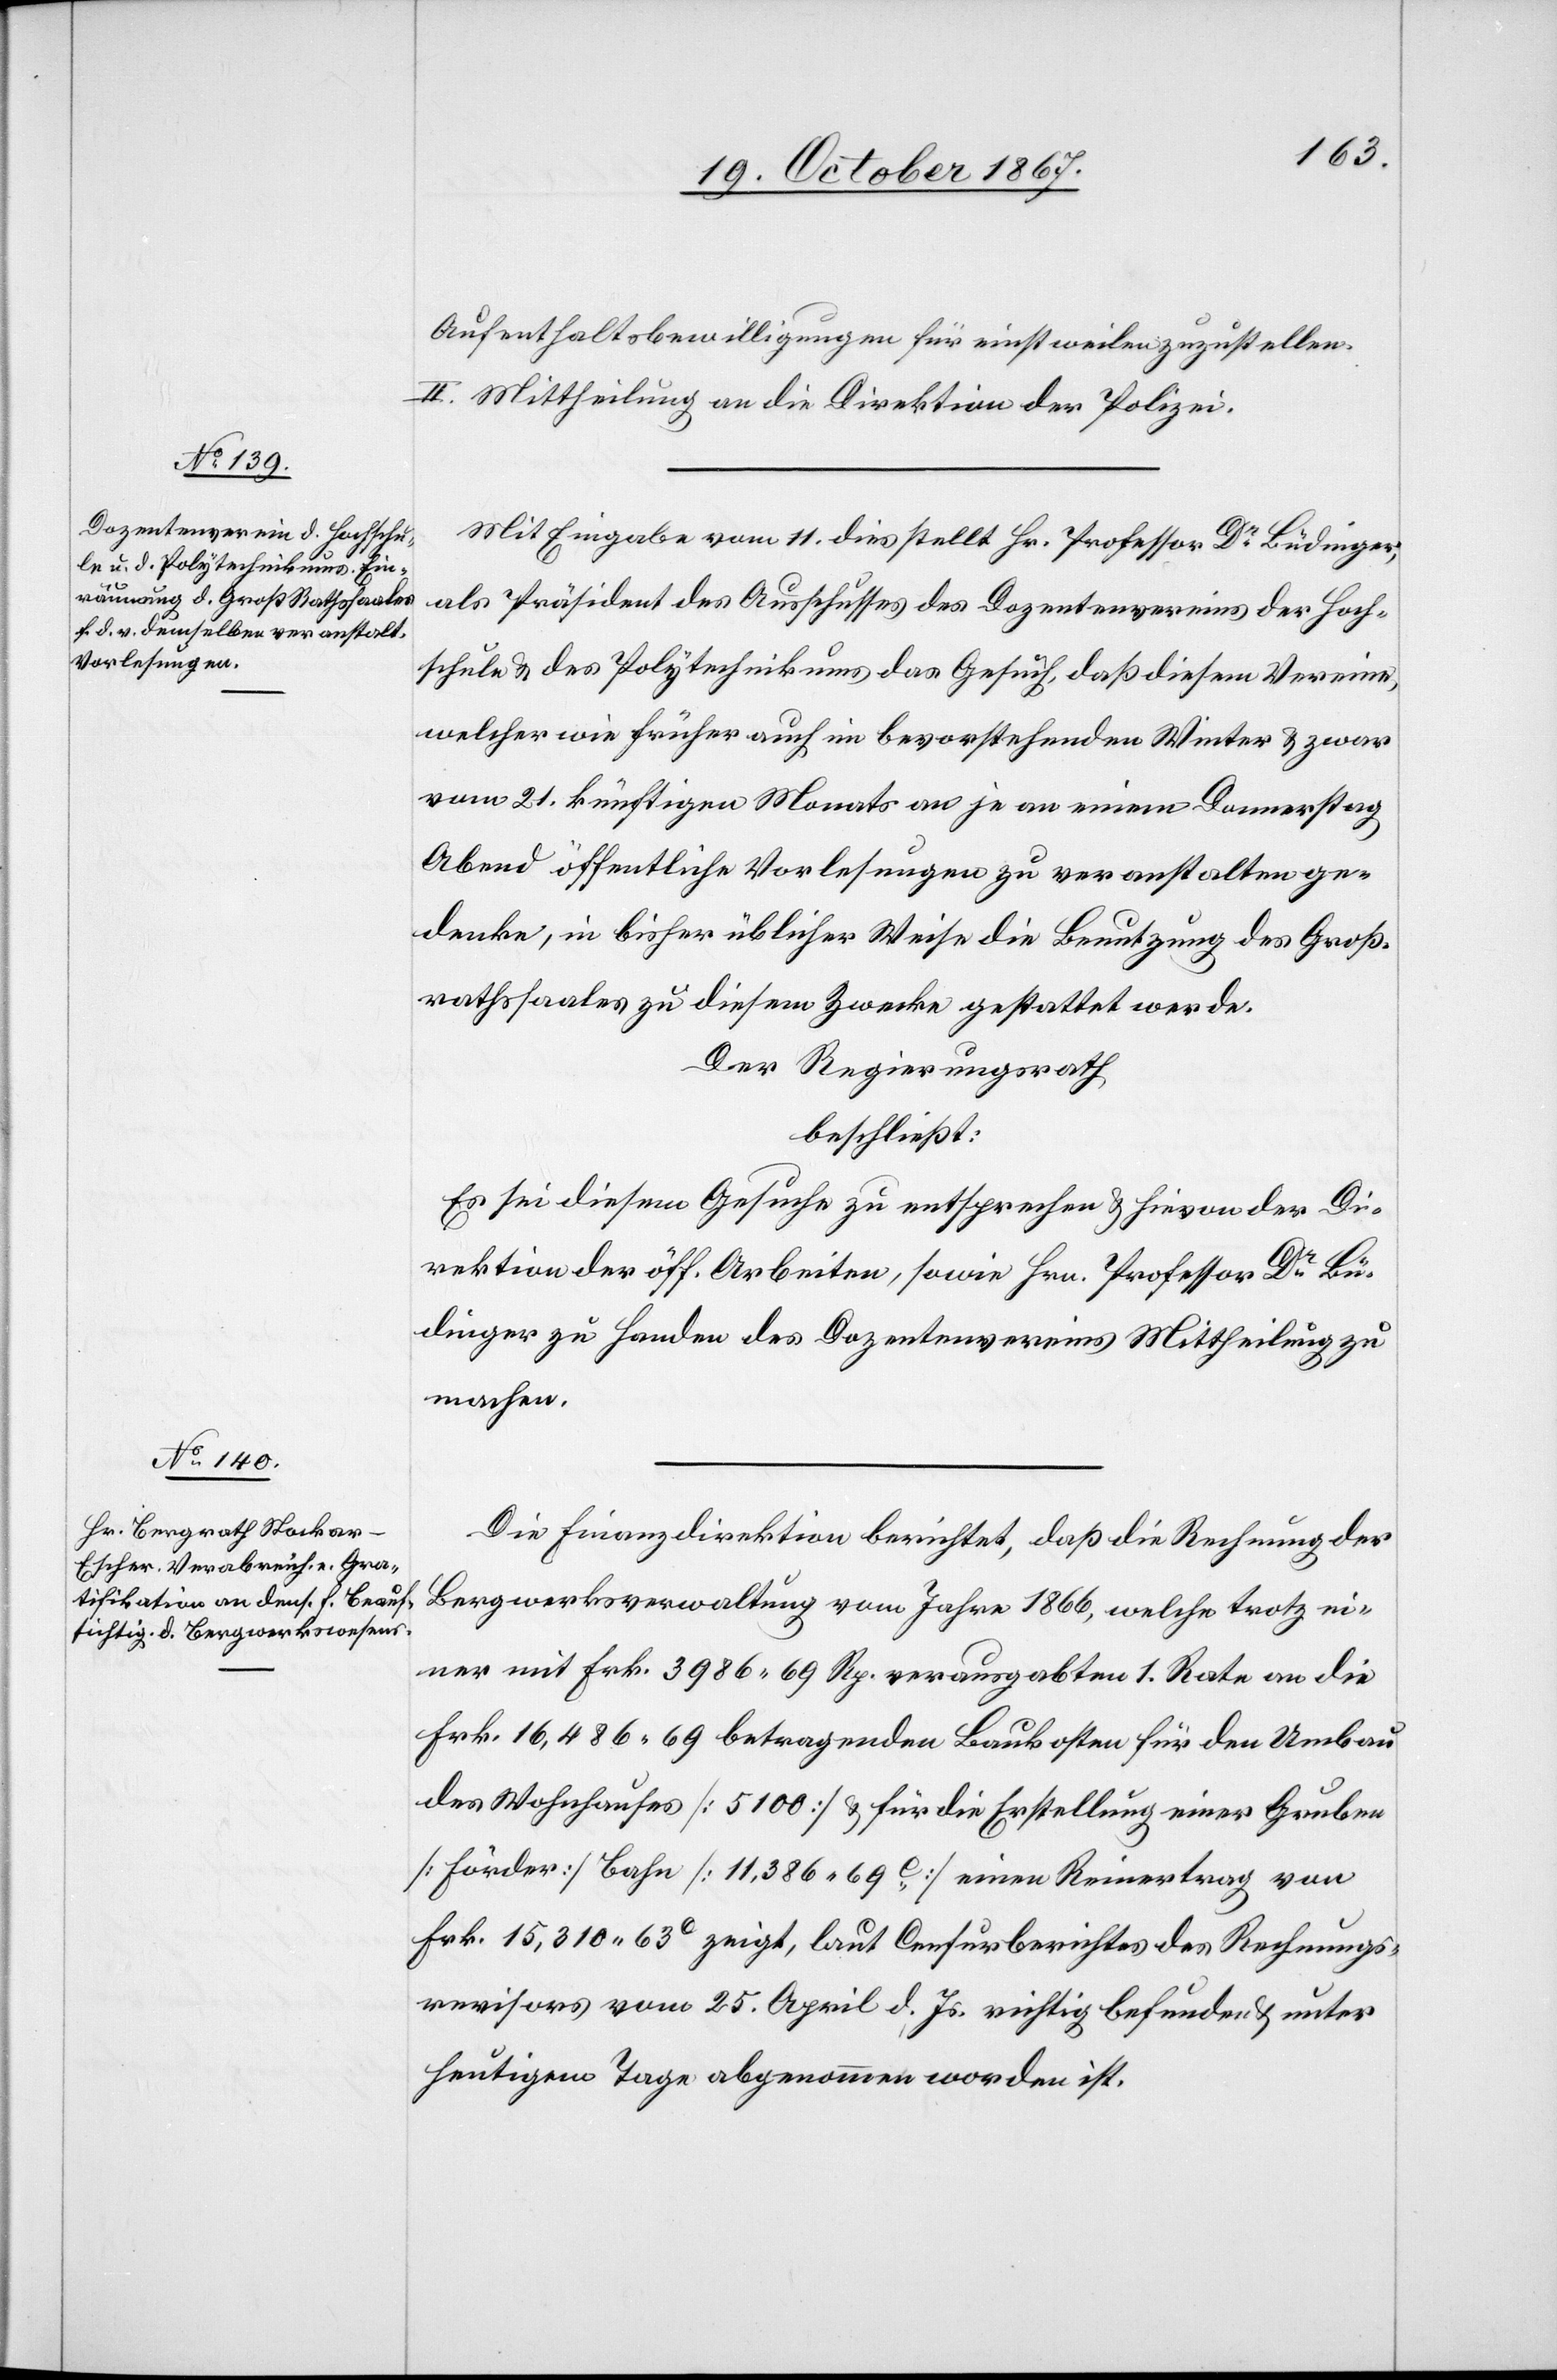
Aufenthaltsbewilligungen für einstweilen zuzustellen.
II. Mittheilung an die Direktion der Polizei.
Mit Eingabe vom 11. dies stellt Hr. Professor Dr Büdinger,
als Präsident des Ausschusses des Dozentenvereins der Hoch¬
schule u. des Polytechnikums das Gesuch, daß diesem Vereine,
welcher wie früher auch im bevorstehenden Winter u. zwar
vom 21. künftigen Monats an je an einem Donnerstag
Abend öffentliche Vorlesungen zu veranstalten ge¬
denke, in bisher üblicher Weise die Benutzung des Groß¬
rathssaales zu diesem Zwecke gestattet werde.
Der Regierungsrath
beschließt:
Es sei diesem Gesuche zu entsprechen u. hievon der Di¬
rektion der öff. Arbeiten, sowie Hrn. Professor Dr Bü¬
dinger zu Handen des Dozentenvereins Mittheilung zu
machen.
Die Finanzdirektion berichtet, daß die Rechnung der
Bergwerksverwaltung vom Jahre 1866, welche trotz ei¬
ner mit Frk. 3986.69 Rp. verausgabten 1. Rate an die
Frk. 16 486.69 betragenden Baukosten für den Umbau
des Wohnhauses [5100] u. für die Erstellung einer Gruben
[Förder] Bahn [11 386.69c] einen Reinertrag von
Frk. 15 310.63c zeigt, laut Censurberichtes des Rechnungs¬
revisors vom 25. April d. Js. richtig befunden u. unter
heutigem Tage abgenommen worden ist.